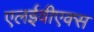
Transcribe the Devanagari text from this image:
एलईवीएक्स